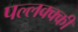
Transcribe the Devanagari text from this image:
पल्लक्क्की